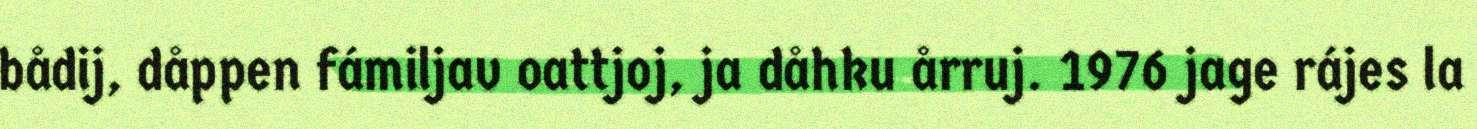
bådij, dåppen fámiljav oattjoj, ja dåhku årruj. 1976 jage rájes la